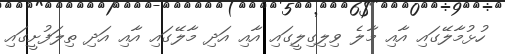
ހުޅުމާލޭގައި އާއި މާލެ ވިލިގިލީގައި އާއި އަދި މާލޭގައި އާއި އަދި ތިލަފުށީގައި